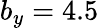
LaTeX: b_{y}=4.5